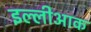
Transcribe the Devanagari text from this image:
इल्लीआक